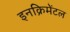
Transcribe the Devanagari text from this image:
इनक्रिमेंटल